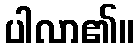
ပါလာ၏။